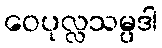
ဝေပုလ္လသမ္ပဒါ